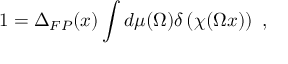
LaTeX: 1 = \Delta _ { F P } ( x ) \int d \mu ( \Omega ) \delta \left( \chi ( \Omega x ) \right) \ ,